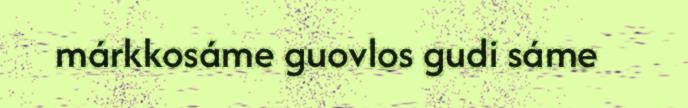
márkkosáme guovlos gudi sáme